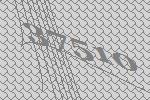
37510